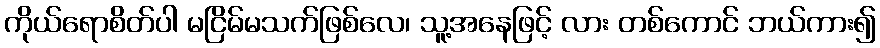
ကိုယ်ရောစိတ်ပါ မငြိမ်မသက်ဖြစ်လေ၊ သူ့အနေဖြင့် လား တစ်ကောင် ဘယ်ကား၍